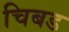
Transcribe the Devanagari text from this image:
चिबड